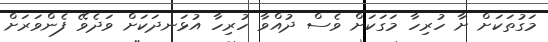
މަގުތަކަށް ށާ ހުރިހާ މަގަކަށް ވެސް ދުއްވާ ހުރިހާ އުޅަނދަކަށް ވަދެވޭ ފެންވަރަށް